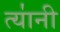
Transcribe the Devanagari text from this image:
त्या॑नी